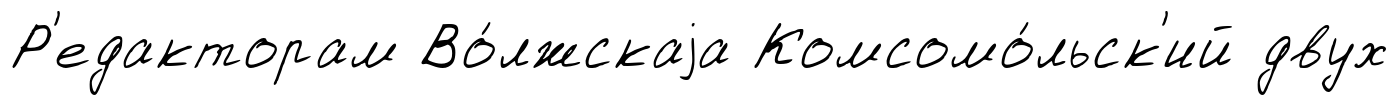
Р'едакторам Во́лжскаjа Комсомо́льск'ий двух